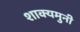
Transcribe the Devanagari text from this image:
शाक्यमुनी